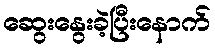
ဆွေးနွေးခဲ့ပြီးနောက်